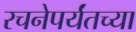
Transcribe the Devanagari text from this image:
रचनेपर्यंतच्या